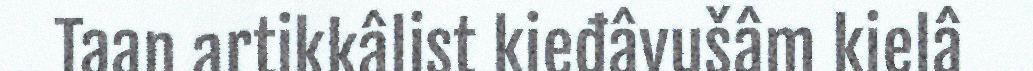
Taan artikkâlist kieđâvušâm kielâ